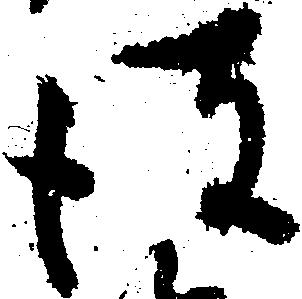
彼